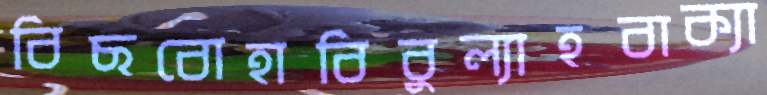
বিছবোহাবিবুল্যাহবাক্যা